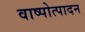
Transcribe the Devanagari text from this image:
वाष्पोत्पादन